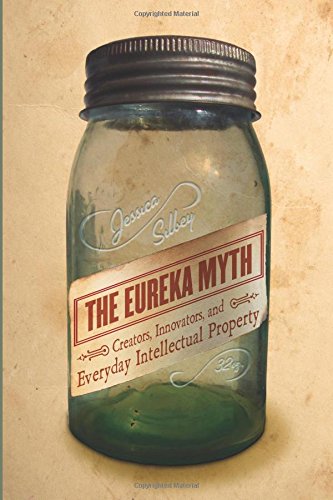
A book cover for The Eureka Myth: Creators, Innovators, and Everyday Intellectual Property; Jessica Silbey; Law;